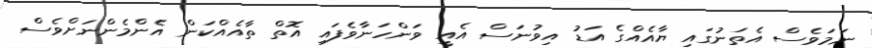
ނަމަވެސް އެތަނުގައި ޔާއެއްގެ އަޑު އިވުނަސް އެއީ ވަންހަނާވެފައި އޮތް ތާއެއްކަން އެންމެންނަށްވެސް